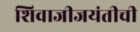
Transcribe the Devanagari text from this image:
शिवाजीजयंतीची